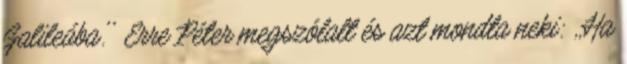
Galileába.'' Erre Péter megszólalt és azt mondta neki: ,,Ha